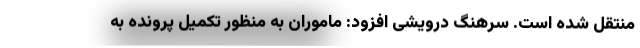
منتقل شده است. سرهنگ درویشی افزود: ماموران به منظور تکمیل پرونده به